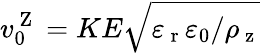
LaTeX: v_{0}^{\mathrm{~Z~}}=KE\sqrt{\varepsilon_{\mathrm{~r~}}\varepsilon_{0}/\rho_{\mathrm{~z~}}}